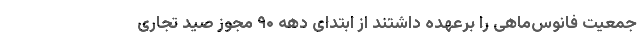
جمعیت فانوس‌ماهی را برعهده داشتند از ابتدای دهه ۹۰ مجوز صید تجاری